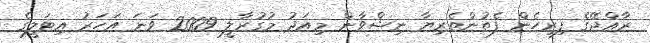
ރާއްޖޭގެ ފިރިހެން ފެތުންތެރިޔާ ނިޝްވާން މިއަދު މުގުރާލީ 2009 ވަނަ އަހަރު އިޓަލީގެ